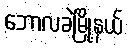
ဘောလခဲမြို့နယ်